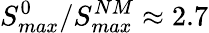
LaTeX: S_{max}^{0}/S_{max}^{NM}\approx 2.7